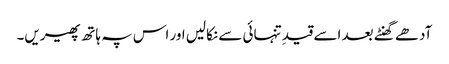
آدھے گھنٹے بعد اسے قیدِ تنہائی سے نکالیں اور اس پہ ہاتھ پھیریں۔